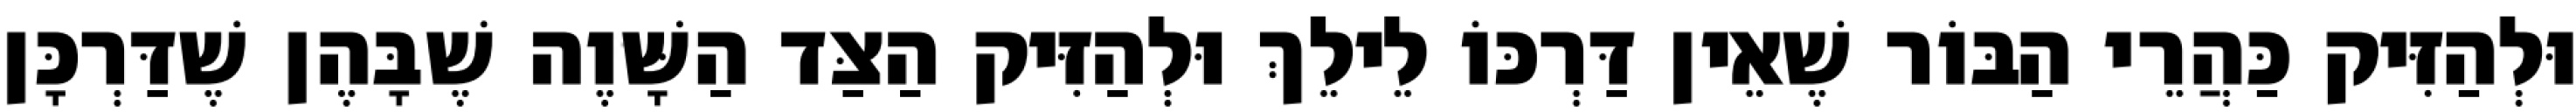
וּלְהַזִּיק כַּהֲרֵי הַבּוֹר שֶׁאֵין דַּרְכּוֹ לֵילֵךְ וּלְהַזִּיק הַצַּד הַשָּׁוֶה שֶׁבָּהֶן שֶׁדַּרְכָּן